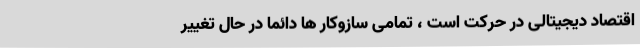
اقتصاد دیجیتالی در حرکت است ، تمامی سازوکار ها دائما در حال تغییر